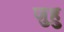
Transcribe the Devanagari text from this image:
जुहु